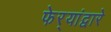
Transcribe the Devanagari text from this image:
फेर्‍यांद्वारे